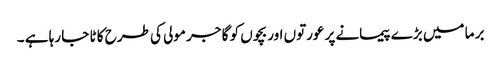
بر ما میں بڑے پیمانے پر عورتوں اور بچوں کو گا جر مولی کی طرح کا ٹا جا رہا ہے ۔